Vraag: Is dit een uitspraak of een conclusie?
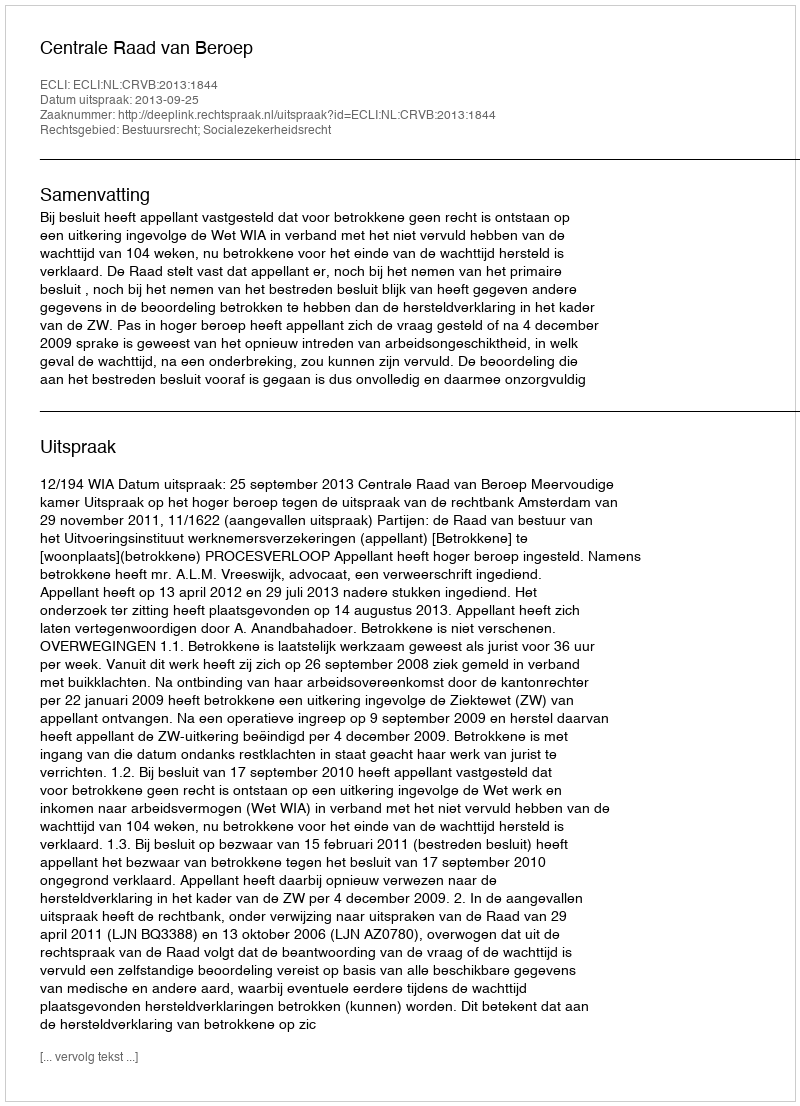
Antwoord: Uitspraak